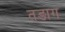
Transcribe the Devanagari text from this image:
तङाग